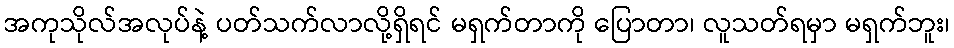
အကုသိုလ်အလုပ်နဲ့ ပတ်သက်လာလို့ရှိရင် မရှက်တာကို ပြောတာ၊ လူသတ်ရမှာ မရှက်ဘူး၊